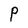
Character: P